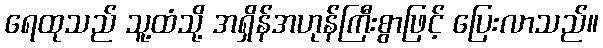
ရေထုသည် သူ့ထံသို့ အရှိန်အဟုန်ကြီးစွာဖြင့် ပြေးလာသည်။